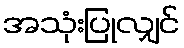
အသုံးပြုလျှင်